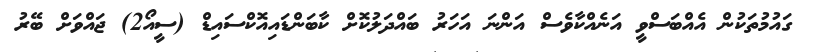
ގައުމުތަކުން އެއްބަސްވީ އަނެއްކާވެސް އަންނަ އަހަރު ބައްދަލުކޮށް ކާބަންޑައިއޮކްސައިޑް (ސީއޯ2) ޖައްވަށް ބޭރު